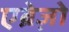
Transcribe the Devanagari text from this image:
एब्रेज़ो